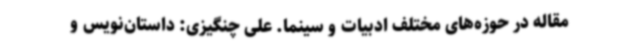
مقاله در حوزه‌های مختلف ادبیات و سینما. علی چنگیزی: داستان‌نویس و